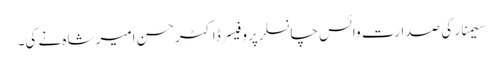
سیمنار کی صدارت وائس چانسلرپروفیسرڈاکٹرحسن امیر شاہ نے کی۔